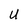
Character: U